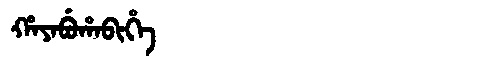
Manchu: ᡥᠠᠶᠠᠪᡠᡥᠠᠪᡳᡥᡝ
Romanization: HAYABUHABIHE